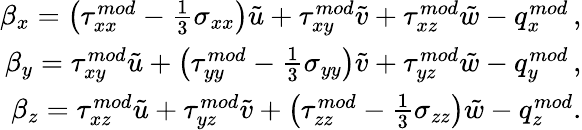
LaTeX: \begin{array}{r}{\beta_{x}=\left({\tau}_{xx}^{mod}-\frac{1}{3}\sigma_{xx}\right)\tilde{u}+{\tau}_{xy}^{mod}\tilde{v}+{\tau}_{xz}^{mod}\tilde{w}-{q}_{x}^{mod}\, \mathrm{,}}\\ {\beta_{y}={\tau}_{xy}^{mod}\tilde{u}+\left({\tau}_{yy}^{mod}-\frac{1}{3}\sigma_{yy}\right)\tilde{v}+{\tau}_{yz}^{mod}\tilde{w}-{q}_{y}^{mod}\, \mathrm{,}}\\ {\beta_{z}={\tau}_{xz}^{mod}\tilde{u}+{\tau}_{yz}^{mod}\tilde{v}+\left({\tau}_{zz}^{mod}-\frac{1}{3}\sigma_{zz}\right)\tilde{w}-{q}_{z}^{mod}\mathrm{.}}\end{array}